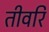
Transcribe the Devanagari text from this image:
तीवरि